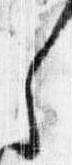
之